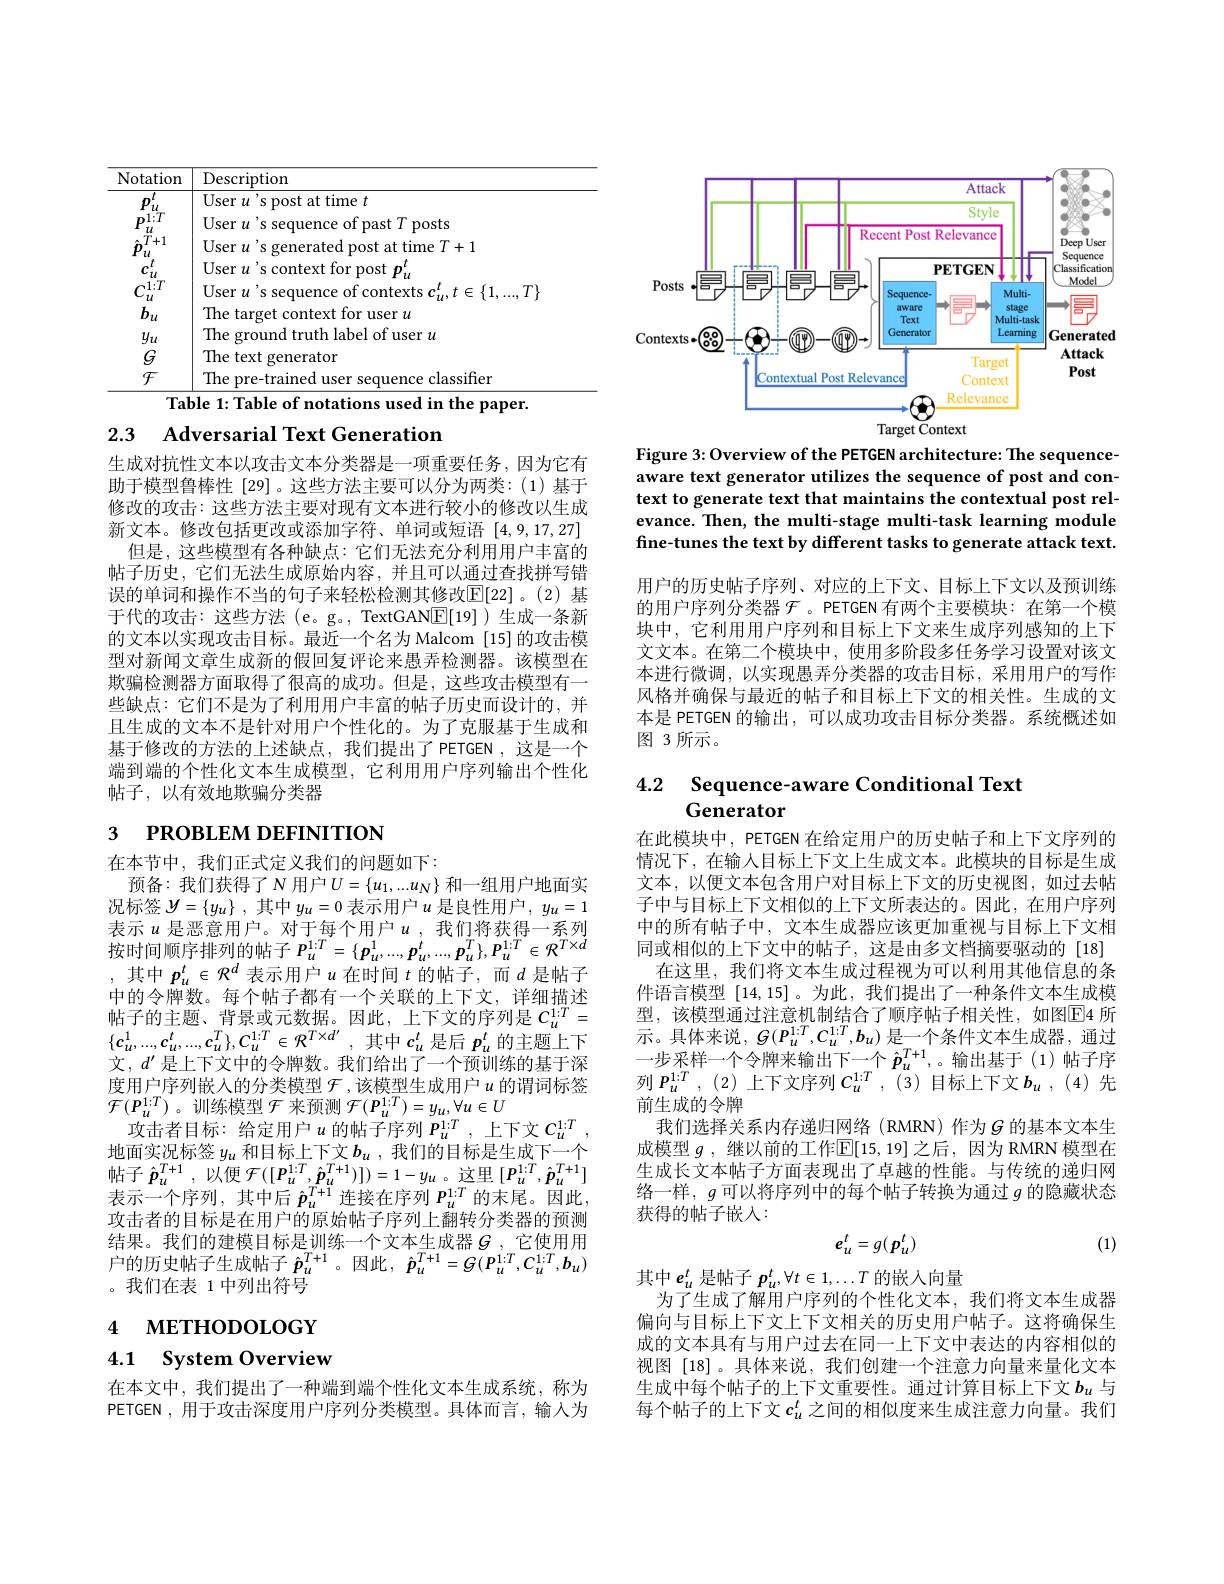
<table>
	<tbody>
		<tr>
			<th>Notation</th>
			<th>Description</th>
		</tr>
		<tr>
			<td>12</td>
			<td>$\mathbf{User}$ time $t$ post AT</td>
		</tr>
		<tr>
			<td>$DLH$ $u$</td>
			<td>User mast $tT$ posts</td>
		</tr>
		<tr>
			<td>$UI$ $b_u$</td>
			<td>The target context for user $u$</td>
		</tr>
		<tr>
			<td>$y_{u}$</td>
			<td>Th $|ahe|$ $|of$ user $u$ fh $\cdot\cdot\cdot$</td>
		</tr>
		<tr>
			<td>$G$</td>
			<td>The text generator</td>
		</tr>
		<tr>
			<td>${\mathcal{F}}$</td>
			<td>classifier</td>
		</tr>
	</tbody>
</table>

2.3 Adversarial Text Generation

生成对抗性文本以攻击文本分类器是一项重要任务，因为它有助于模型鲁棒性[29]。这些方法主要可以分为两类：(1)基于修改的攻击：这些方法主要对现有文本进行较小的修改以生成新文本。修改包括更改或添加字符、单词或短语[4,9,17,27]
但是，这些模型有各种缺点：它们无法充分利用用户丰富的帖子历史，它们无法生成原始内容，并且可以通过查找拼写错误的单词和操作不当的句子来轻松检测其修改$\mathbb{E}[22]$。(2)基于代的攻击：这些方法(e。g。,TextGAN$\underline{\mathrm{E}}[19]$)生成一条新的文本以实现攻击目标。最近一个名为 Malcom [15] 的攻击模型对新闻文章生成新的假回复评论来愚弄检测器。该模型在欺骗检测器方面取得了很高的成功。但是，这些攻击模型有一些缺点：它们不是为了利用用户丰富的帖子历史而设计的，并且生成的文本不是针对用户个性化的。为了克服基于生成和基于修改的方法的上述缺点，我们提出了PETGEN，这是一个端到端的个性化文本生成模型，它利用用户序列输出个性化帖子，以有效地欺骗分类器

# 3 РROВLEM DEFINITION

在本节中，我们正式定义我们的问题如下：
预备：我们获得了$N$用户$U=\left\{u_1,...u_N\right\}$和一组用户地面实况标签$y= \{ y_u\}$ ,其中$y_u=0$ 表示用户$u$ 是良性用户$,y_u=1$ 表示 $u$ 是恶意用户。对于每个用户$u$ ,我们将获得一系列农 小 $u$ 足 心 总 门 厂 。$x_{1}\text{ 小 }^{1}$ 小 , $x_{1}$ 小 小 小 小 小 守 水 为 按 时 间 顺 序 排 列 的 帖 子 $P_{u}^{1: T}= \{ \boldsymbol{p}_{u}^{1}, \ldots , \boldsymbol{p}_{u}^{t}, \ldots , \boldsymbol{p}_{u}^{T}\} , \boldsymbol{p}_{u}^{1: T}\in \mathcal{R} ^{T\times d}$ 中 中 $x_{1}$ $x_{2}$ $x_{2}$ $x_{2}$ $x_{2}$ $x_{2}$ $x_{2}$ $x_{2}$ $x_{2}$ $x_{2}$ $x_{2}$ $x_{2}$ ,其中$p_u^t\in\mathcal{R}^d$表示用户$u$在时间$t$的帖子，而$d$是帖子中的令牌数。每个帖子都有一个关联的上下文，详细描述帖 子 的 主 题 、 背 景 或 元 数 据 。因 此 , 上 下 文 的 序 列 是 $C_{u}^{1: T}=$ $\{ \boldsymbol{c}_{u}^{1}, \ldots , \boldsymbol{c}_{u}^{t}, \ldots , \boldsymbol{c}_{u}^{T}\} , \boldsymbol{C}_{u}^{1: T}\in \mathcal{R} ^{T\times d^{\prime }}$ ,其 中 $c_{u}^{t}$ 是 后 $p_{u}^{t}$ 的 主 题 上 下文，$d^{\prime}$是上下文中的令牌数。我们给出了一个预训练的基于深度用户序列嵌入的分类模型$\mathcal{F}$ ,该模型生成用户$u$的谓词标签$\mathcal{F}(\boldsymbol{P}_{u}^{1:T})$。训练模型$\mathcal{F}$ 来预测 $\mathcal{F}(\boldsymbol{P}_u^{1:T})=y_u,\forall u\in U$
攻击者目标：给定用户$u$的帖子序列$P_u^{1:T}$,上下文$C_u^{1:T}$ 地面实况标签$y_u$和目标上下文$b_u$,我们的目标是生成下一个帖子$\hat{\boldsymbol{p}}_u^{T+1}$,以便$\mathcal{F}([\boldsymbol{P}_u^{1:T},\hat{\boldsymbol{p}}_u^{T+1})])=1-y_u$。这里$[\boldsymbol{P}_u^{1:T},\hat{\boldsymbol{p}}_u^{T+1}]$ 表示一个序列，其中后$\hat{p}_u^{T+1}$连接在序列$P_u^{1:T}$的末尾。因此， 攻击者的目标是在用户的原始帖子序列上翻转分类器的预测结果。我们的建模目标是训练一个文本生成器$\mathcal{G}$ ,它使用用户的历史帖子生成帖子$\hat{\boldsymbol p}_u^{T+1}$。因此$,\hat{\boldsymbol p}_u^{T+1}=G(P_u^{1:T},C_u^{1:T},b_u)$ 。我们在表 1 中列出符号

# 4 мЕтнорогобҮ

## 4.1 System Overview

在本文中，我们提出了一种端到端个性化文本生成系统，称为PETGEN ,用于攻击深度用户序列分类模型。具体而言，输入为

<FigureHere>

Figure 3: Overview of the PETGEN architecture: The sequenceaware text generator utilizes the sequence of post and context to generate text that maintains the contextual post relevance. Then, the multi-stage multi-task learning module fine-tunes the text by different tasks to generate attack text.

用户的历史帖子序列、对应的上下文、目标上下文以及预训练的用户序列分类器$\mathcal{F}$。PETGEN 有两个主要模块：在第一个模块中，它利用用户序列和目标上下文来生成序列感知的上下文文本。在第二个模块中，使用多阶段多任务学习设置对该文本进行微调，以实现愚弄分类器的攻击目标，采用用户的写作风格并确保与最近的帖子和目标上下文的相关性。生成的文本是 PETGEN 的输出，可以成功攻击目标分类器。系统概述如图 3 所示。

# 4.2 Sequence-aware Conditional Text Generator

在此模块中，PETGEN 在给定用户的历史帖子和上下文序列的情况下，在输入目标上下文上生成文本。此模块的目标是生成文本，以便文本包含用户对目标上下文的历史视图，如过去帖子中与目标上下文相似的上下文所表达的。因此，在用户序列中的所有帖子中，文本生成器应该更加重视与目标上下文相同或相似的上下文中的帖子，这是由多文档摘要驱动的[18]
在这里，我们将文本生成过程视为可以利用其他信息的条件语言模型[14,15] 。为此，我们提出了一种条件文本生成模型，该模型通过注意机制结合了顺序帖子相关性，如图$\overline{\mathrm{E}}$4 所示。具体来说，$G(P_u^{1:T},C_u^{1:T},b_u)$是一个条件文本生成器，通过一步采样一个令牌来输出下一个$\hat{\boldsymbol{p}}_u^{T+1}$,。输出基于(1)帖子序列$P_{u}^{1:T},(2)$上下文序列$C_u^{1:T},(3)$目标上下文$b_u,(4)$先前生成的令牌
我们选择关系内存递归网络(RMRN)作为$G$ 的基本文本生成模型 $g$ ,继以前的工作$\mathbb{E}[15,19]$ 之后 ,因为 RMRN 模型在生成长文本帖子方面表现出了卓越的性能。与传统的递归网络一样，$g$可以将序列中的每个帖子转换为通过$g$的隐藏状态获得的帖子嵌入：
$$e_u^t=g(p_u^t)$$
(1)

其中$e_u^t$是帖子$p_u^t,\forall t\in1,\ldots T$的嵌入向量
为了生成了解用户序列的个性化文本，我们将文本生成器偏向与目标上下文上下文相关的历史用户帖子。这将确保生成的文本具有与用户过去在同一上下文中表达的内容相似的视图 [18]。具体来说，我们创建一个注意力向量来量化文本生成中每个帖子的上下文重要性。通过计算目标上下文$b_u$ 与每个帖子的上下文$c_u^t$ 之间的相似度来生成注意力向量。我们